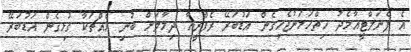
އެ ޕެނަލްޓީއާމެދު ހިތްހަމަނުޖެހިގެން އަޑުބަރޭ ރެފްރީއާ ދިމާލަށް ބުނި އެއްޗަކާ ގުޅިގެން އަޑުބަރޭ